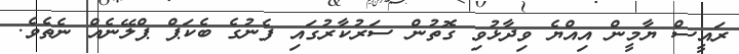
ރައީސް ޔާމީން އިއްޔެ ވިދާޅުވި ގޮތުން ސަރުކާރުގައި ފެނުގެ ބެކަޕް ޕްލޭނެއް ނެތެވެ.